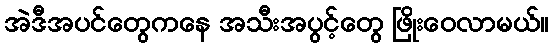
အဲဒီအပင်တွေကနေ အသီးအပွင့်တွေ ဖြိုးဝေလာမယ်။